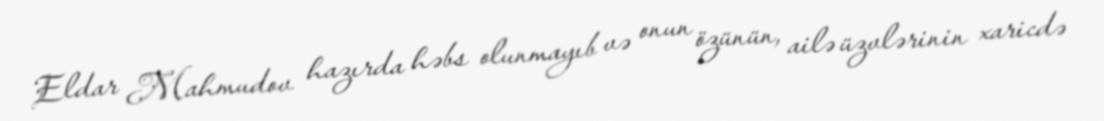
Eldar Mahmudov hazırda həbs olunmayıb və onun özünün, ailə üzvlərinin xaricdə